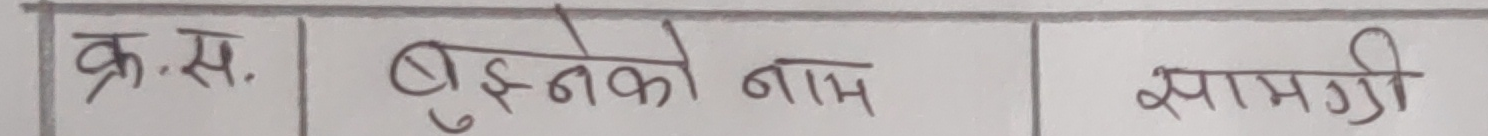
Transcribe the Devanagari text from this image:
क्र.स. बुझ्नेको नाम सामग्री